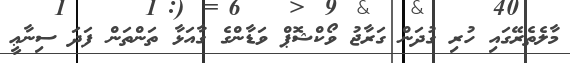
މާލެތެރޭގައި ހުރި ގުދަން ގަރާޖު ވޯކްޝޮޕް ވަޑާންގެ ގާއަޅާ ތަންތަން ފަދަ ސިނާޢީ